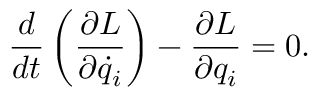
{ \frac { d } { d t } } \left( { \frac { \partial L } { \partial { \dot { q } } _ { i } } } \right) - { \frac { \partial L } { \partial q _ { i } } } = 0 .